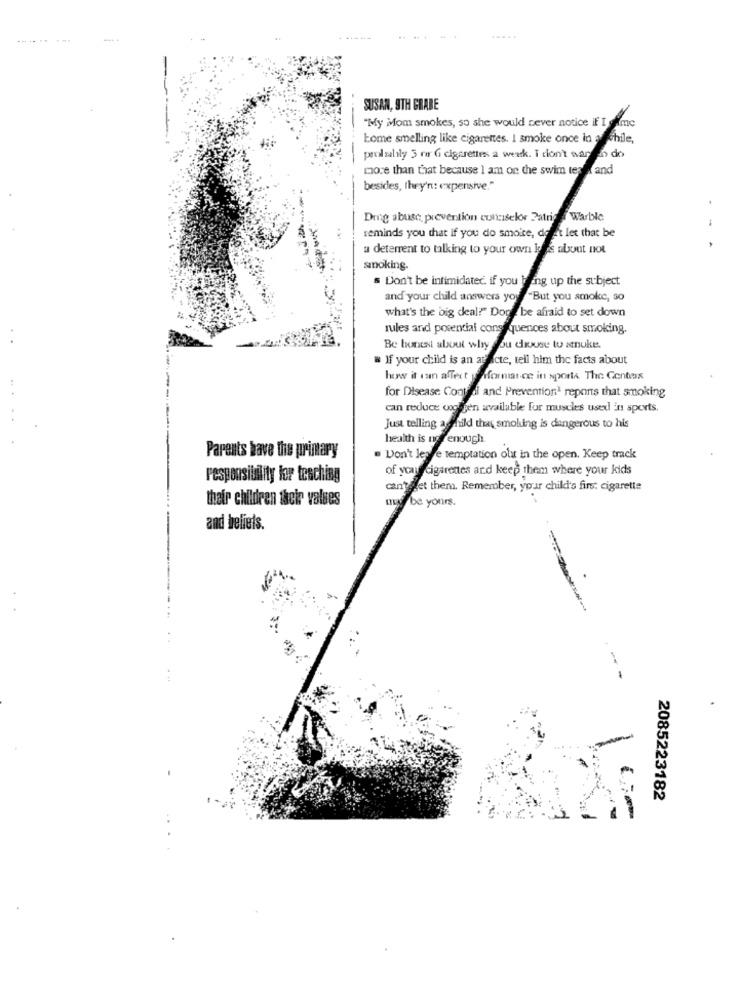
...... ...
--- -
SUSAN, STH GRADE
"My Mom smokes, so she would never notice if I vimc
Lome smelling like cigarettes. I smoke once in achile,
peuil sally 3 rar G cigarettes a week. I don't wantan do
more than that because I am on the swim teria and
besides, they'n: expensive."
Drug abuse prevention conciselor Patriota Warble
-
reminds you that if you do smoke, deset let that be
a deterrent to talking to your own lo es about not
smoking-
s Don't be intimidated. if you bring up the subject
and your child answers you "But you smoke, so
what's the big deal?" Done be afraid to set down
rules and potential consequences about smoking.
Be honest about why you choose to smoke.
# If your child is an at dicte, tell him the facts about
how it can affect peformance in sports. The Contas
for Disease Control and Prevention1 reports that smoking
can reduce œog gen available for muscles used in sports.
Just telling aschild thas smoluing is dangerous to his
health is notenough.
Parents have the primary
Don't lese temptation olat in the open. Keep track
of ycau cigarettes and keep them where your kids
responsibility for teaching
can'tlet them. Remember, your child's first cigarette
their children their values
muy be yours.
. .
and heliets.
==-
-
2085223182